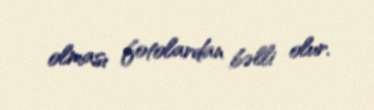
olması fotolardan bəlli olur.